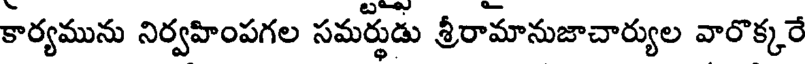
కార్యమును నిర్వహింపగల సమర్థుడు శ్రీరామానుజాచార్యుల వారొక్కరే